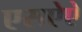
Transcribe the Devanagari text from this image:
एसऐऐ